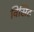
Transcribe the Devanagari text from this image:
विसिट